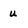
Character: u